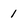
Character: 1